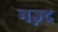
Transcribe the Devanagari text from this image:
नज़्द